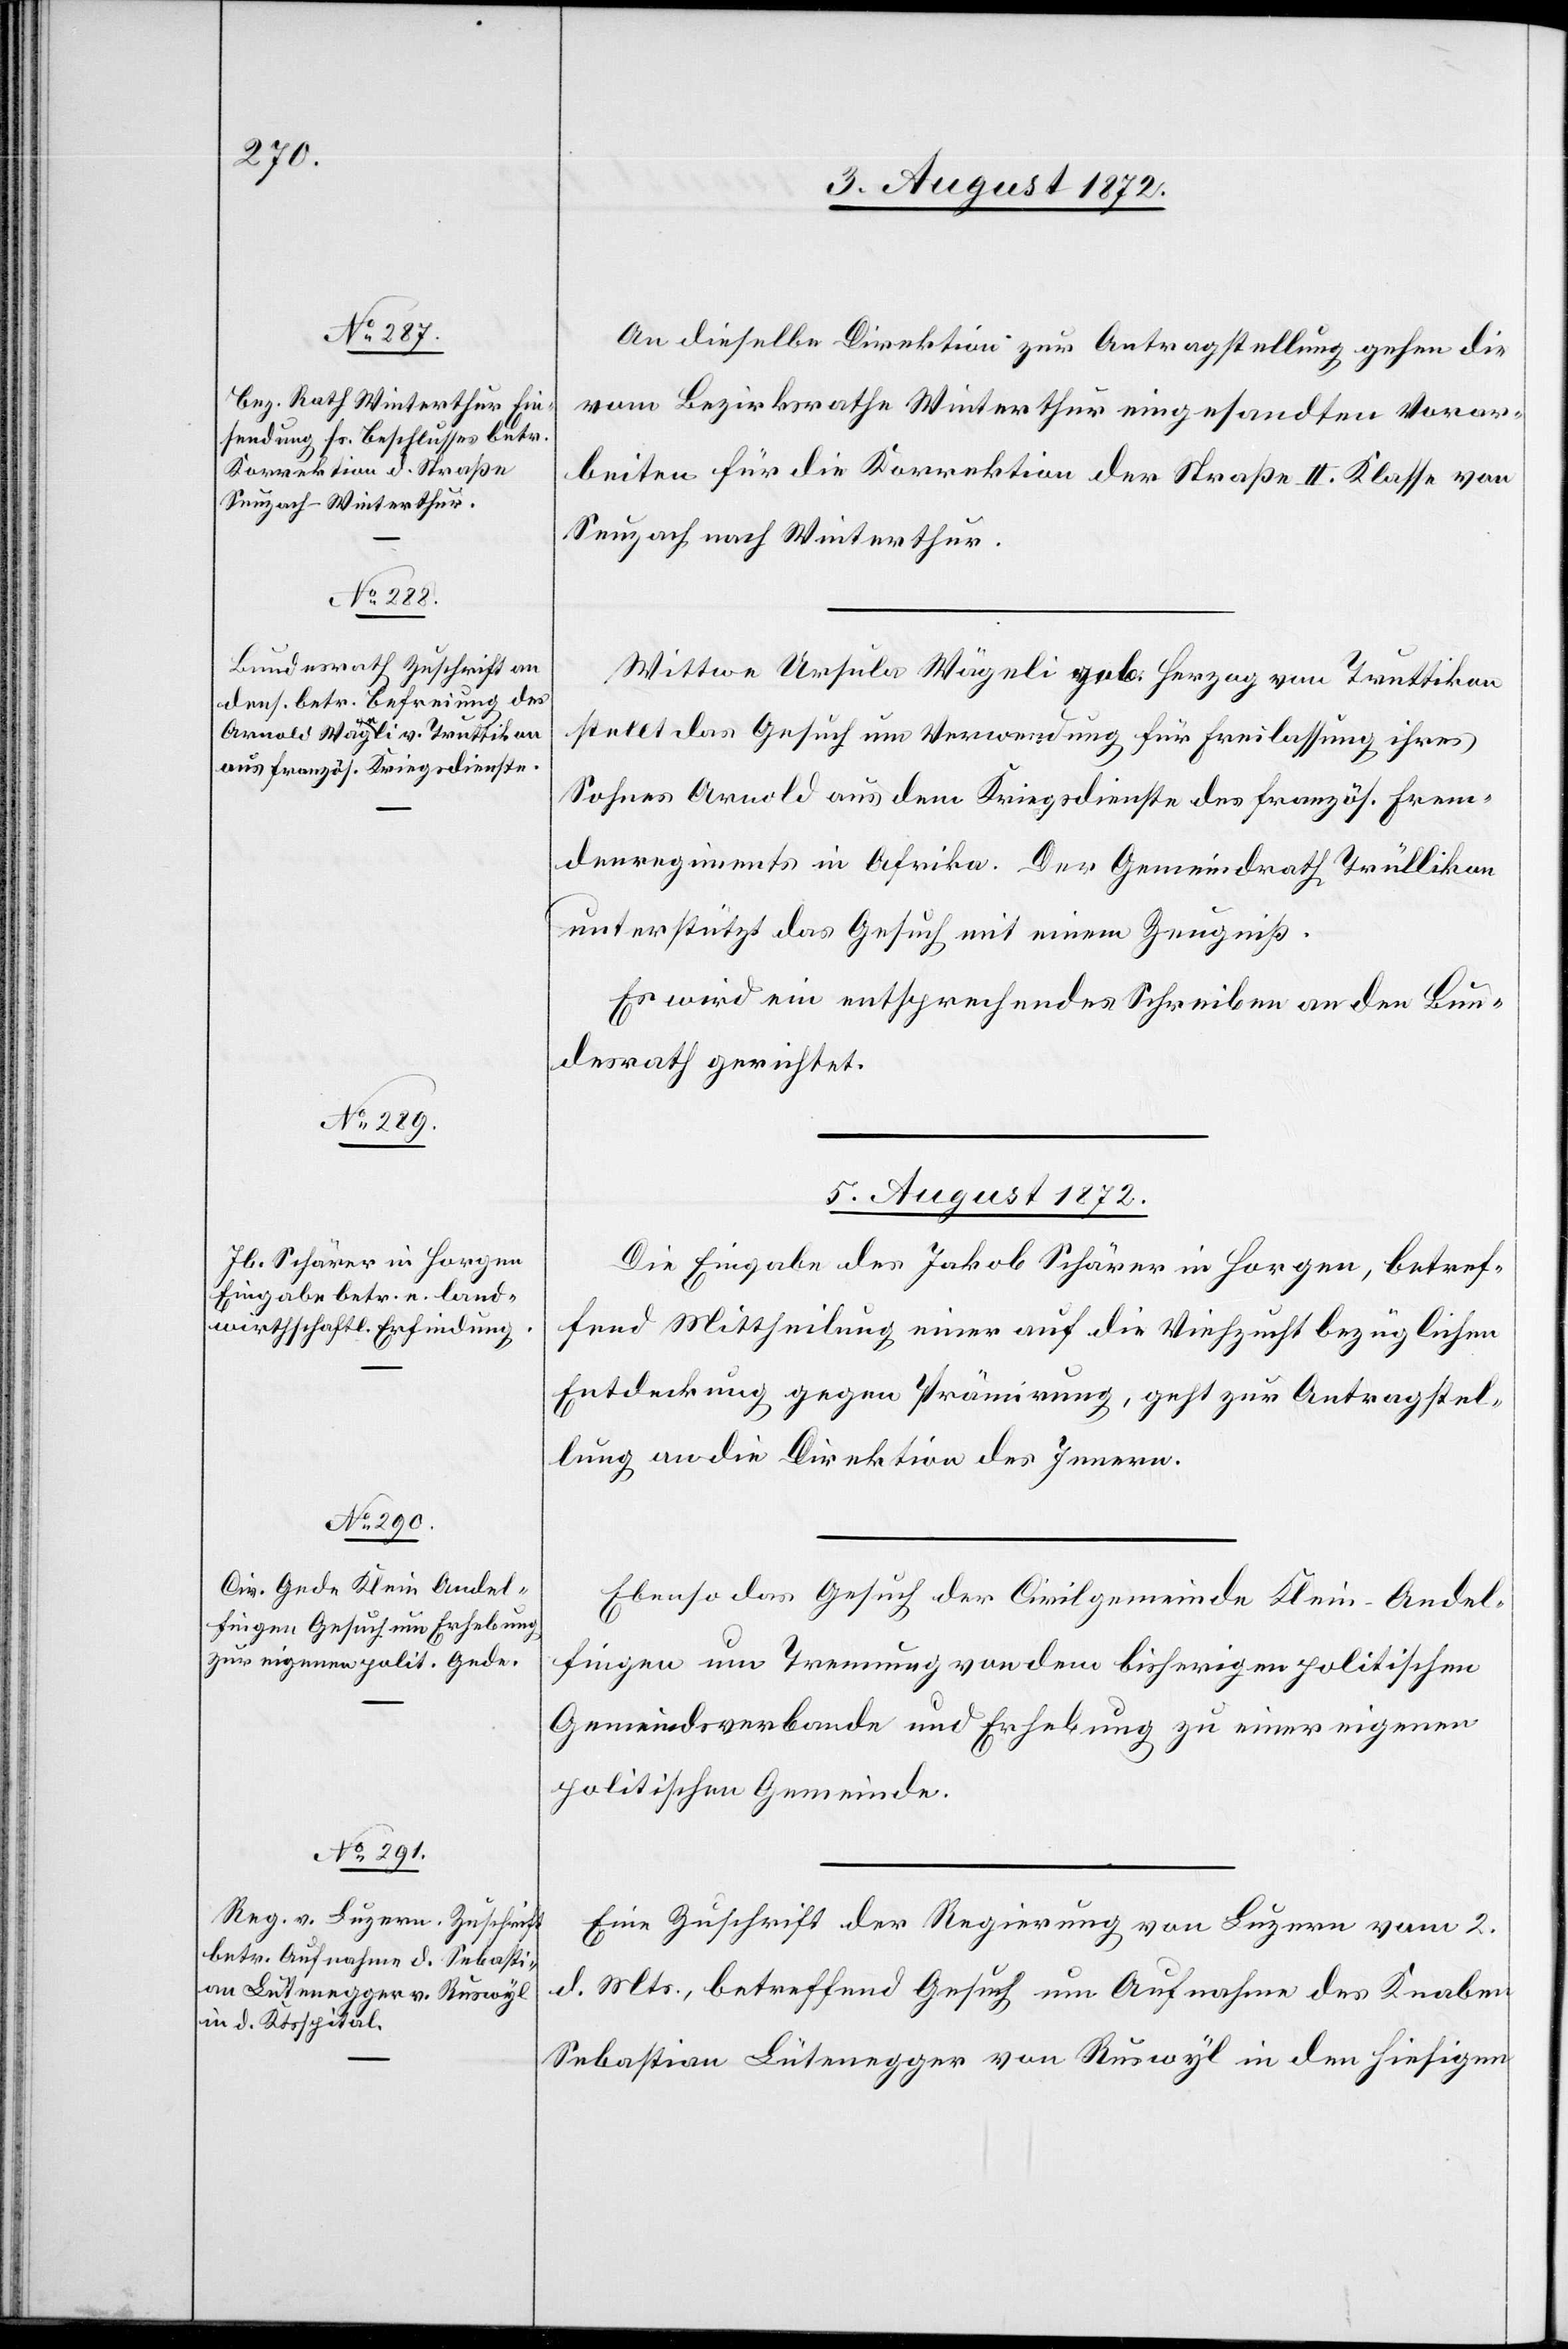
n Lütenegger von Ruswyl

5. August 1872.]
An dieselbe Direktion zur Antragstellung gehen die
vom Bezirksrathe Winterthur eingesandten Vorar¬
beiten für die Korrektion der Straße II. Klasse von
Seuzach nach Winterthur.
Wittwe Ursula Wägeli geb. Herzog von Truttikon
stellt das Gesuch um Verwendung für Freilassung ihres
Sohnes Arnold aus dem Kriegsdienste des französ. Frem¬
denregiments in Afrika. Der Gemeindrath Trüllikon
unterstützt das Gesuch mit einem Zeugniß.
Es wird ein entsprechendes Schreiben an den Bun¬
desrath gerichtet.
5. August 1872.
Die Eingabe des Jakob Schärer in Horgen, betref¬
fend Mittheilung einer auf die Viehzucht bezüglichen
Entdeckung gegen Prämirung, geht zur Antragstel¬
lung an die Direktion des Innern.
Ebenso das Gesuch der Civilgemeinde Klein-Andel¬
fingen um Trennung von dem bisherigen politischen
Gemeindsverbande und Erhebung zu einer eigenen
politischen Gemeinde.
Eine Zuschrift der Regierung von Luzern vom 2.
d. Mts., betreffend Gesuch um Aufnahme des Knabe¬